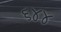
૬૪૪